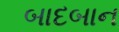
બાદબાન